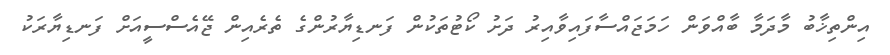
އިންތިޚާބު މާދަމާ ބާއްވަން ހަމަޖައްސާފައިވާއިރު ދަށު ކޯޓުތަކުން ފަނޑިޔާރުންގެ ތެރެއިން ޖޭއެސްސީއަށް ފަނޑިޔާރަކު